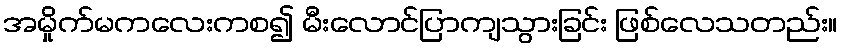
အမှိုက်မကလေးကစ၍ မီးလောင်ပြာကျသွားခြင်း ဖြစ်လေသတည်း။